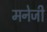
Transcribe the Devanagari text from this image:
मनेजी